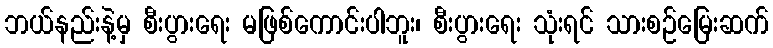
ဘယ်နည်းနဲ့မှ စီးပွားရေး မဖြစ်ကောင်းပါဘူး၊ စီးပွားရေး သုံးရင် သားစဉ်မြေးဆက်